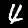
Label: 4